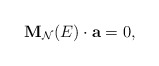
\begin{align*}{\bf M}_{{\cal N}}(E) \cdot {\bf a} = 0, \end{align*}